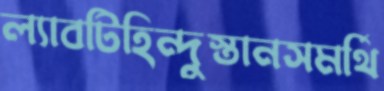
ল্যাবটিহিন্দুস্তানসমর্থি